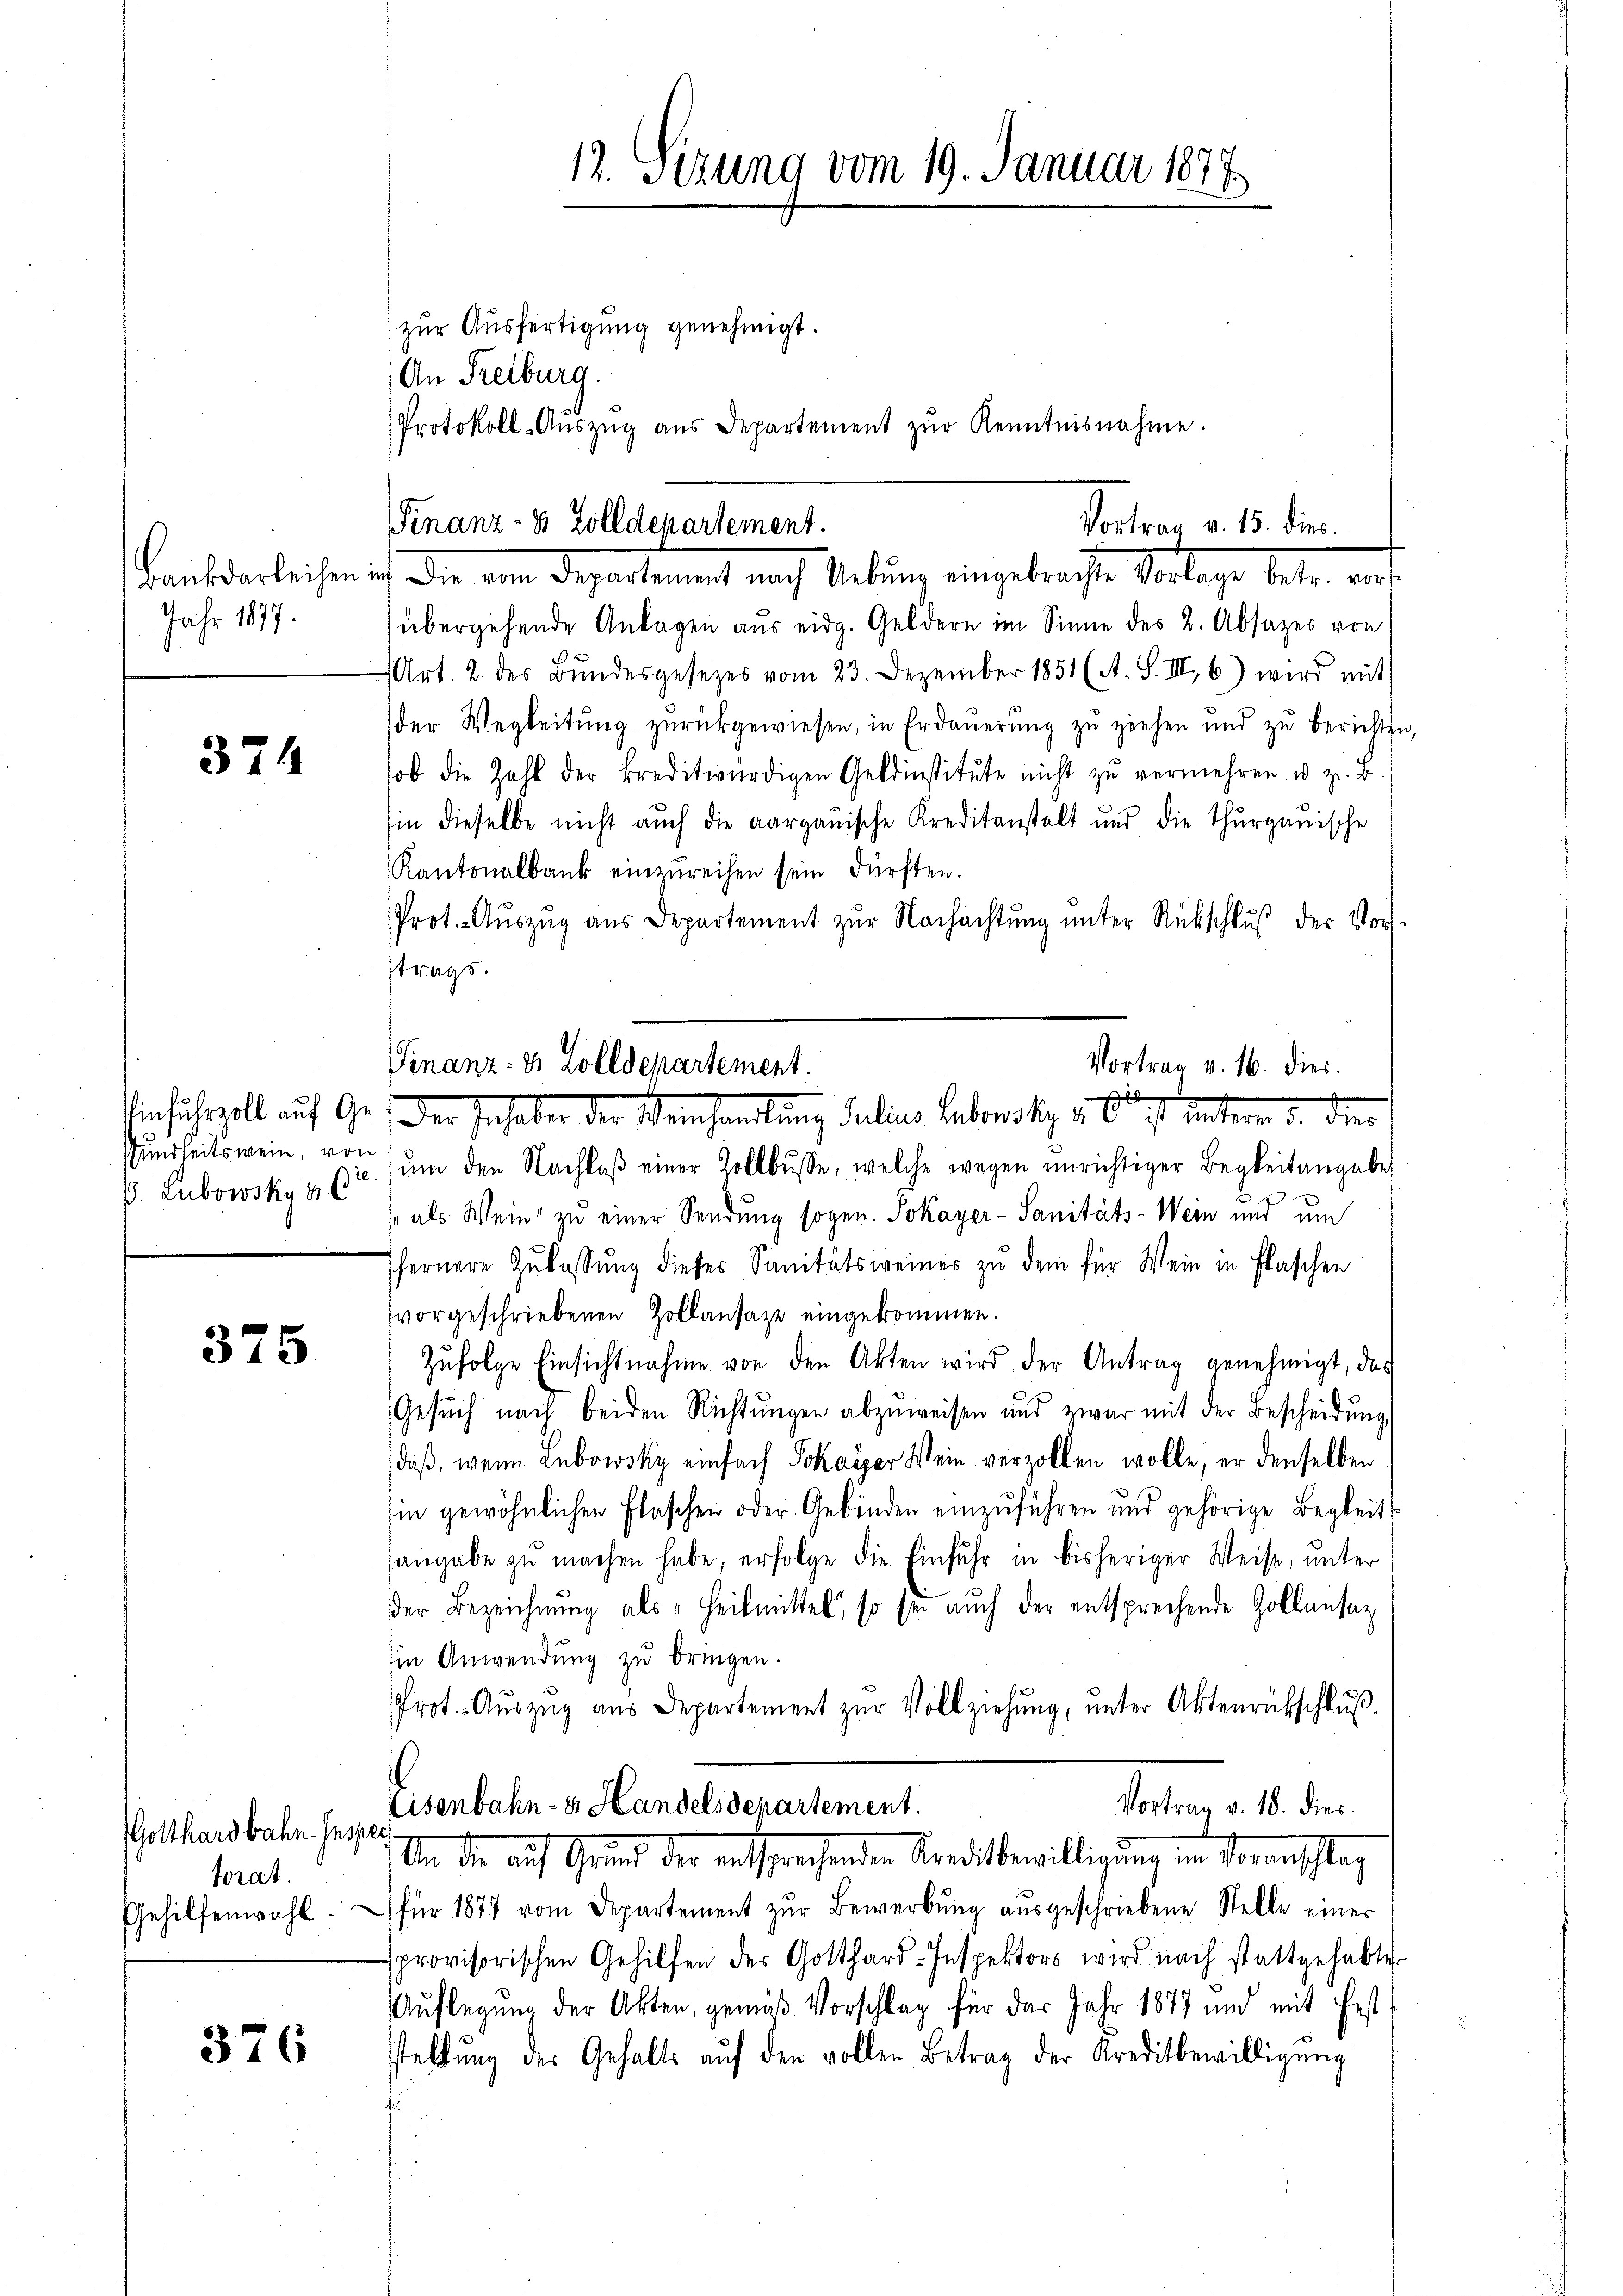
Jahr 1877.

324

. Lubowsky a C

375

Gotthardbahn. Inspec
torat.
Gehilfenwahl

376

zur Ausfertigung genehmigt.
An Freiburg.
a
Protokoll-Aŭszŭg aŭs Departement zŭr Kenntnisnahme.

Finanz- 8 Zolldepartement.
Vortrag v. 15. dies
Kauf der leichen den die eine Departement nach Uebung eingebrachen Vorlage betr. aus

Finanz- & Zolldepartement.
Vortrag v. 16. dies

infuhrvoll auf Ge. Der Inhaber der Weinhandlung Julius Lebensky 4 0 ist unteren u. den

12. Sizung vom 19. Januar 1877

übergehende Anlagen aus eidg. Geldern im Sinne des 2. Absatzes von
Art. 2. des Bŭndesgesetzes vom 23. Dezember 1851 (A. S. III, 6) wird mit
der Wegleitung zurückgewiesen, in Erdauerung zu ziehen und zu berichten,
hob die Zahl der kreditwürdigen Geldinstitŭte nicht zŭ vermehren u. z. B.
hin dieselbe nicht auch die aargauische Kreditanstalt und die Thurgauische
Kantonalbank einzureihen sein dürften.
Prot. Auszug aus Departement zur Nachachtung unter Rückschluß der Vorstrags.
sundheits wein, von um den Nachlaβ einer Zollbŭsse, welche wegen unrichtiger Begleitangabe
 als Wein zu einer Sendung sogen. Sokayer - Sanitäts-Wein und um
ffernere Zŭlassŭng dieses Sanitätsweines zu dem für Wein in Flaschen
vorgeschriebenen Zollansatze eingekommen.
Zufolge Einsichtnahme von den Akten wird der Antrag genehmigt, das
Gesŭch nach beiden Richtŭngen abzuweisen und zwar mit der Bescheidŭng
daß, wenn Lubowsky einfach Sokaiser Wein verzollen wolle, er denselben
in gewöhnlichen Flaschen oder Gebinden einzuführen und gehörige Begleitangabe zu machen habe, erfolge die Einfuhr in bisheriger Weise, unter
der Bezeichnung als „Heilmittel, so sei auch der entsprechende Zollansag
Ein Anwendung zu bringen.
Prot. Auszug aus Departement zur Vollziehung, unter Aktenrückschluß.
Eisenbahn- u. Handelsdepartement.
Vortrag, d. 18. dies
Un die auf Grund der entsprechenden Kreditbewilligung in Voranschlag
für 1877 vom Departement zŭr Bewerbŭng aŭsgeschriebene Stelle einer
provisorischen Gehilfen der Gotthard-Inspektors wird nach stattgehabte
Auflegung der Akten, gemäß Vorschlag für das Jahr 1877 und mit fest
stellung des Gehalts aŭf den vollen Betrag der Kreditbewilligung